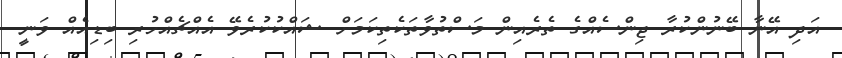
އަދި އޭނާ ބޭނުންކުރާ ޖިންސެއްގެ ތެރެއިން މަސްތުވާތަކެތިކަމަށް ޝައްކުކުރެވޭ އެއްޗެއްހުރި ބިޑިއެއް ވަނީ